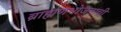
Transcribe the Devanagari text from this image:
ब्राह्मणभोजनाची